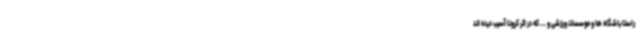
راستا باشگاه ها و موسسات ورزشی و ... که در اثر کرونا آسیب دیده اند